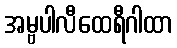
အမ္ဗပါလီထေရီဂါထာ